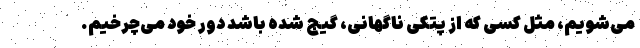
می‌شویم، مثل کسی که از پتکی ناگهانی، گیج شده باشد دور خود می‌چرخیم.